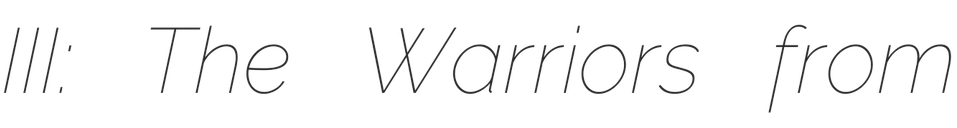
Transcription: III: The Warriors from